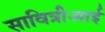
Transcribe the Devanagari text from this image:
सावित्रीआई